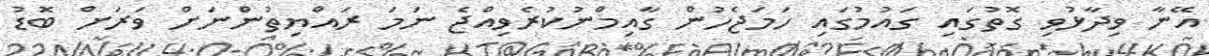
އޭނާ ވިދާޅުވި ގޮތުގައި ގައުމުގައި ހަމަޖެހުން ގާއިމްނުކުރެވިއްޖެ ނަމަ ރައްޔިތުންނަށް ވަރަށް ބޮޑު